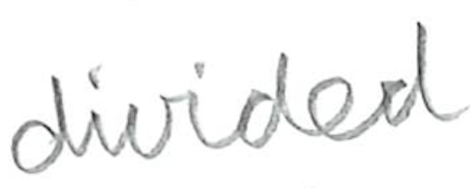
Text: divided
Cross-out: clean
Writing tool: pencil